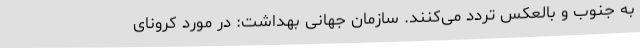
به جنوب و بالعکس تردد می‌کنند. سازمان جهانی بهداشت: در مورد کرونای